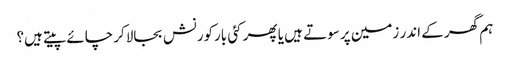
ہم گھر کے اندر زمین پر سوتے ہیں یا پھر کئی بارکورنش بجالاکر چائے پیتے ہیں؟